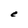
Character: e